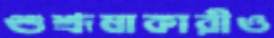
শুশ্রূষাকারীও